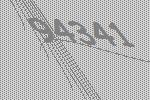
94341